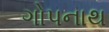
ગોપનાથ